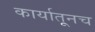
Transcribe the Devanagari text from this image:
कार्यातूनच